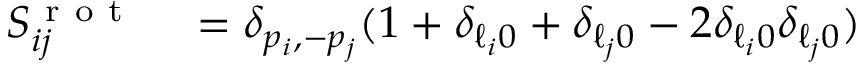
\begin{array} { r l } { S _ { i j } ^ { \mathrm { ~ r ~ o ~ t ~ } } } & { { } = \delta _ { p _ { i } , - p _ { j } } ( 1 + \delta _ { \ell _ { i } 0 } + \delta _ { \ell _ { j } 0 } - 2 \delta _ { \ell _ { i } 0 } \delta _ { \ell _ { j } 0 } ) } \end{array}